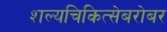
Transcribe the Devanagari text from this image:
शल्यचिकित्सेबरोबर